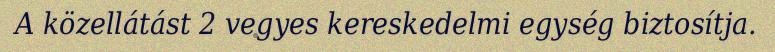
A közellátást 2 vegyes kereskedelmi egység biztosítja.